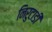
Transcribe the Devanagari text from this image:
निरुटाडी